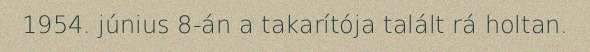
1954. június 8-án a takarítója talált rá holtan.